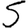
Digit: 5